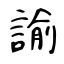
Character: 諭